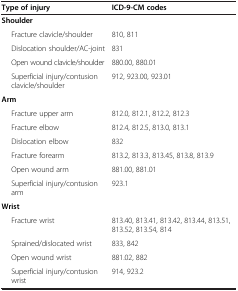
| Type of injury | ICD-9-CM codes |
 | --- | --- |
 | Shoulder |  |
 | Fracture clavicle/shoulder | 810, 811 |
 | Dislocation shoulder/AC-joint | 831 |
 | Open wound clavicle/shoulder | 880.00, 880.01 |
 | Superficial injury/contusion clavicle/shoulder | 912, 923.00, 923.01 |
 | Arm |  |
 | Fracture upper arm | 812.0, 812.1, 812.2, 812.3 |
 | Fracture elbow | 812.4, 812.5, 813.0, 813.1 |
 | Dislocation elbow | 832 |
 | Fracture forearm | 813.2, 813.3, 813.45, 813.8, 813.9 |
 | Open wound arm | 881.00, 881.01 |
 | Superficial injury/contusion arm | 923.1 |
 | Wrist |  |
 | Fracture wrist | 813.40, 813.41, 813.42, 813.44, 813.51, 813.52, 813.54, 814 |
 | Sprained/dislocated wrist | 833, 842 |
 | Open wound wrist | 881.02, 882 |
 | Superficial injury/contusion wrist | 914, 923.2 |